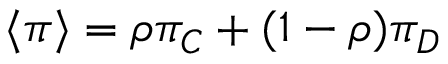
\langle \pi \rangle = \rho \pi _ { C } + ( 1 - \rho ) \pi _ { D }